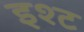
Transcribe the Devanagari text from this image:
इश्ट